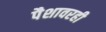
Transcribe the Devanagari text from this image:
पैशावरही